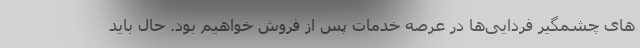
های چشمگیر فردایی‌ها در عرصه خدمات پس از فروش خواهیم بود. حال باید